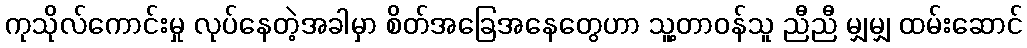
ကုသိုလ်ကောင်းမှု လုပ်နေတဲ့အခါမှာ စိတ်အခြေအနေတွေဟာ သူ့တာဝန်သူ ညီညီ မျှမျှ ထမ်းဆောင်